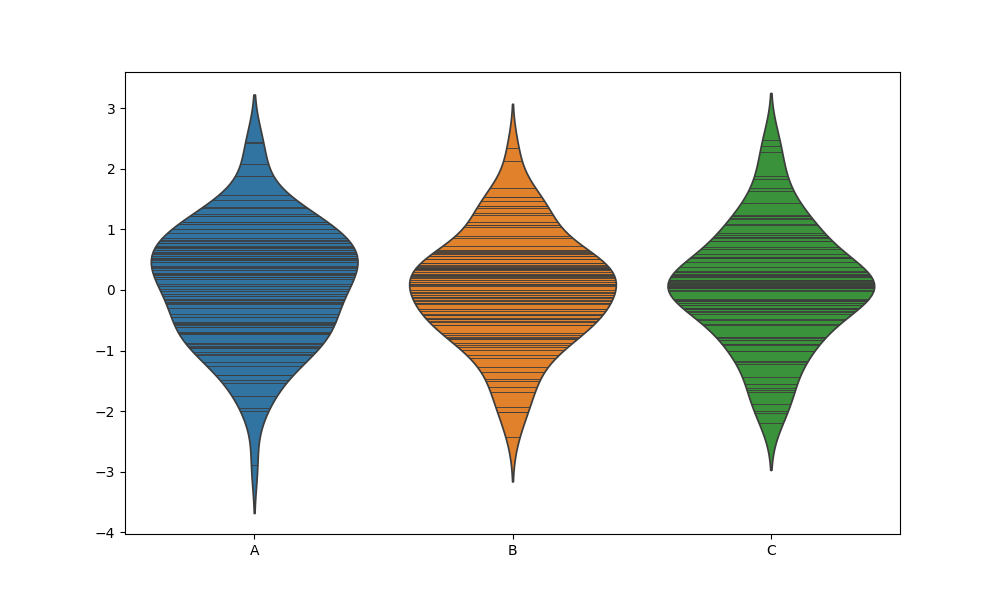
python, seaborn, violinplot, scale='count', split='False', inner='stick', fill='True'